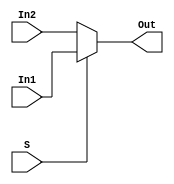
module Mux2_1_5bit(Out, In1, In2, S);
	input [4:0] In1, In2;
	input S;
	output [4:0] Out;
	
	reg [4:0] temp;
	
	always @ (*)
	begin
		if (S)
			temp <= In1;
		else temp <= In2;
	end
	
	assign Out = temp;
endmodule